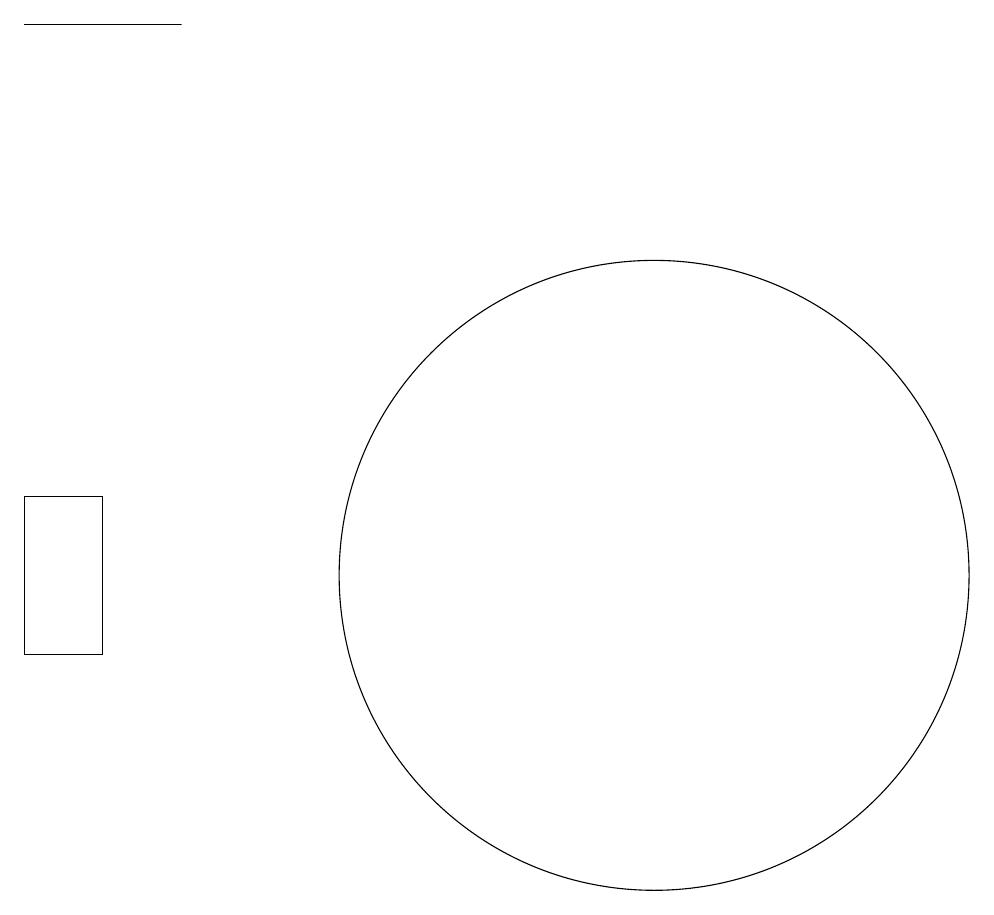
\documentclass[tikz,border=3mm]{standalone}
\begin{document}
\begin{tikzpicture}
\draw (3,10) rectangle (2,12);
\draw (10,11) circle (4);
\draw (2,18) rectangle (4,18);
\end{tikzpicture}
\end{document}